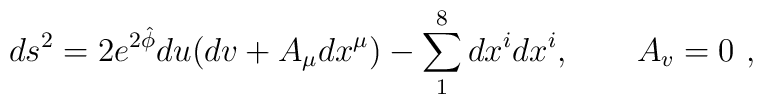
ds^2 =  2 e^{2\hat \phi} du (dv  + A_{\mu} dx^\mu )- \sum_1^8dx^i dx^i,\qquad A_v =0 \ ,